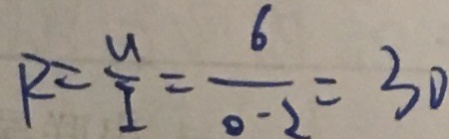
R = \frac { U } { I } = \frac { 6 } { 0 . 2 } = 3 0